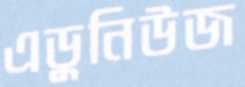
এডুনিউজ